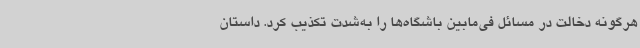
هرگونه دخالت در مسائل فی‌مابین باشگاه‌ها را به‌شدت تکذیب کرد. داستان